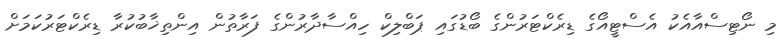
މި ނޯޓިސްއާއެކު އެސްޓީއޯގެ ޑިރެކްޓަރުންގެ ބޯޑުގައި ޕަބްލިކް ހިއްސާދާރުންގެ ފަރާތުން އިންތިޚާބުކުރާ ޑިރެކްޓަރުކަމަށް